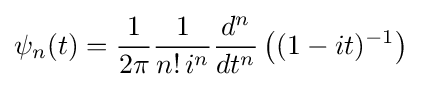
\psi _{n}(t)={\frac {1}{2\pi }}{\frac {1}{n!\,i^{n}}}{\frac {d^{n}}{dt^{n}}}\left((1-it)^{-1}\right)